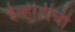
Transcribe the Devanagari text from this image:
ईव्हीडीची